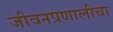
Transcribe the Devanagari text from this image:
जीवनप्रणालीचा